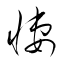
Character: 悽